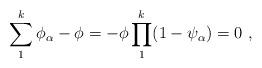
LaTeX: \begin{align*}\sum_{1}^{k} \phi_{\alpha}-\phi=-\phi \prod_{1}^{k} (1-\psi_{\alpha})=0\,\,,\end{align*}